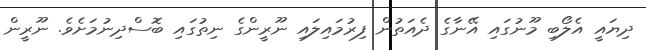
ދިޔައީ އެލޯބި މޫނުގައި އޭނާގެ ދެއަތުން ފިރުމައިލައި ނޫރީންގެ ނިތުގައި ބޮސްދިނުމަށެވެ. ނޫރީން